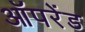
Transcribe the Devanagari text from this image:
ऑपरेंड